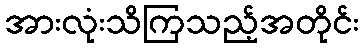
အားလုံးသိကြသည့်အတိုင်း